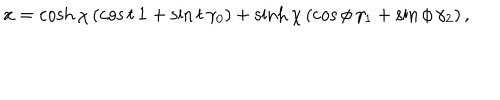
{ \bf x } = \cosh \chi \, ( \cos t \, { \bf 1 } + \sin t \, \gamma _ { 0 } ) + \sinh \chi \, ( \cos \phi \, \gamma _ { 1 } + \sin \phi \, \gamma _ { 2 } ) \, ,